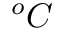
^ o C